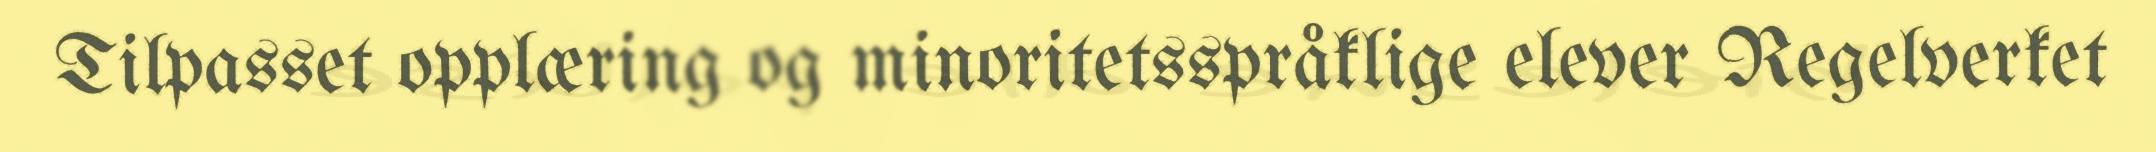
Tilpasset opplæring og minoritetsspråklige elever Regelverket